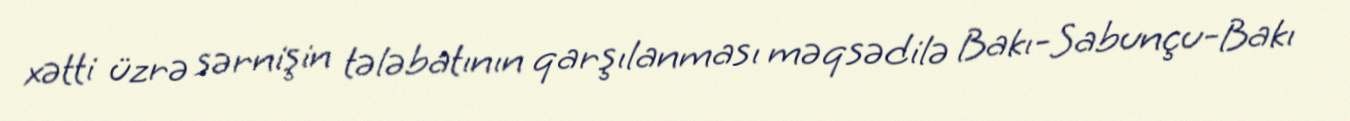
xətti üzrə sərnişin tələbatının qarşılanması məqsədilə Bakı-Sabunçu-Bakı